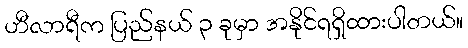
ဟီလာရီက ပြည်နယ် ၃ ခုမှာ အနိုင်ရရှိထားပါတယ်။